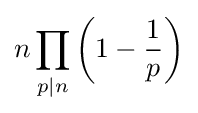
n\prod _{p|n}\left(1-{\frac {1}{p}}\right)